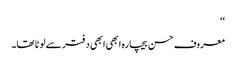
‘‘
معروف حسن بیچارہ ابھی ابھی دفتر سے لوٹا تھا۔